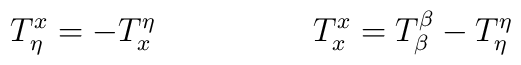
T^{x}_{\eta}=-T^{\eta}_{x}         \hspace{2cm}  T^{x}_{x}=T^{\beta}_{\beta}-T^{\eta}_{\eta}